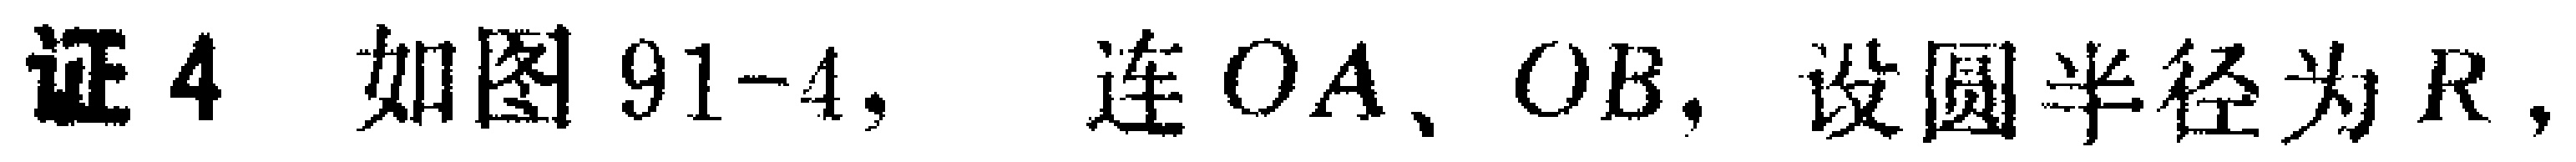
证4 如图91-4, 连$OA$、$OB$, 设圆半径为$R$,